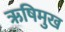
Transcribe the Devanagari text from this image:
ऋषिमुख